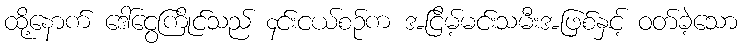
ထို့နောက် ဒေါ်ငွေကြိုင်သည် ၄င်းငယ်စဉ်က အငြိမ့်မင်းသမီးအဖြစ်နှင့် ဝတ်ခဲ့သော